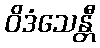
ဝိဒံသေန္တီ